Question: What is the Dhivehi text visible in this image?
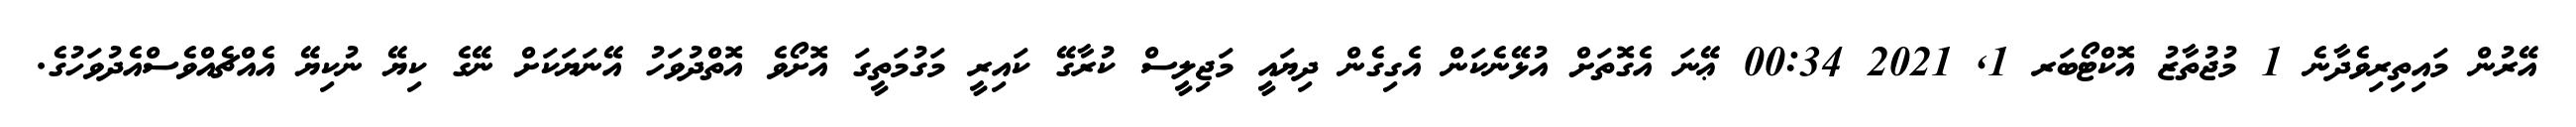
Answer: އޭރުން މައިތިރިވެދާނެ 1 މުޖުތާޒު އޮކްޓޯބަރ 1, 2021 00:34 ޢޭނަ އެގޮތަށް އުޅޭނެކަން އެގިގެން ދިޔައީ މަޖިލީސް ކުރާގޭ ކައިރީ މަގުމަތީގަ އޮށޯވެ އޮތްދުވަހު އޭނަޔަކަށް ނޭގެ ކިޔޭ ނުކިޔޭ އެއްޗެއްވެސްއެދުވަހުގެ.